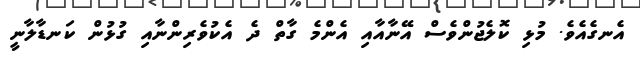
އެނގެއެވެ. މުޅި ކޮލެޖުންވެސް އޭނާއާއި އެންމެ ގާތް ދެ އެކުވެރިންނާއި ގުޅުން ކަނޑާލާނީ